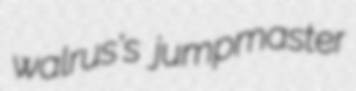
walrus's jumpmaster